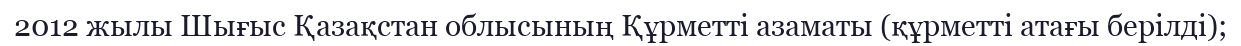
2012 жылы Шығыс Қазақстан облысының Құрметті азаматы (құрметті атағы берілді);